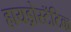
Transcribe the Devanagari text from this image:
हायड्रोस्टॅटिक